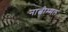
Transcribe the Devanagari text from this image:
नात्चीम्मल